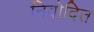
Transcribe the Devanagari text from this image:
निवोदित